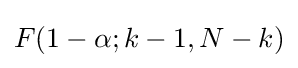
F(1-\alpha ;k-1,N-k)